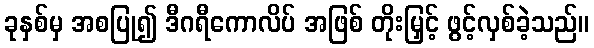
ခုနှစ်မှ အစပြု၍ ဒီဂရီကောလိပ် အဖြစ် တိုးမြှင့် ဖွင့်လှစ်ခဲ့သည်။